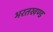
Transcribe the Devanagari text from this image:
भरतखण्ड